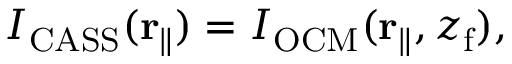
I _ { \mathrm { C A S S } } ( \mathbf { r } _ { \parallel } ) = I _ { \mathrm { O C M } } ( \mathbf { r } _ { \parallel } , z _ { \mathrm { f } } ) ,